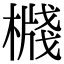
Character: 𣚙